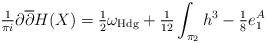
LaTeX: \begin{align*}\tfrac{1}{\pi i} \partial \overline{\partial} H(X)=\tfrac{1}{2}\omega_{\mathrm{Hdg}}+\tfrac{1}{12}\int_{\pi_2} h^3-\tfrac{1}{8} e_1^A\end{align*}